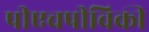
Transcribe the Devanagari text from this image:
पीएचपीविकी